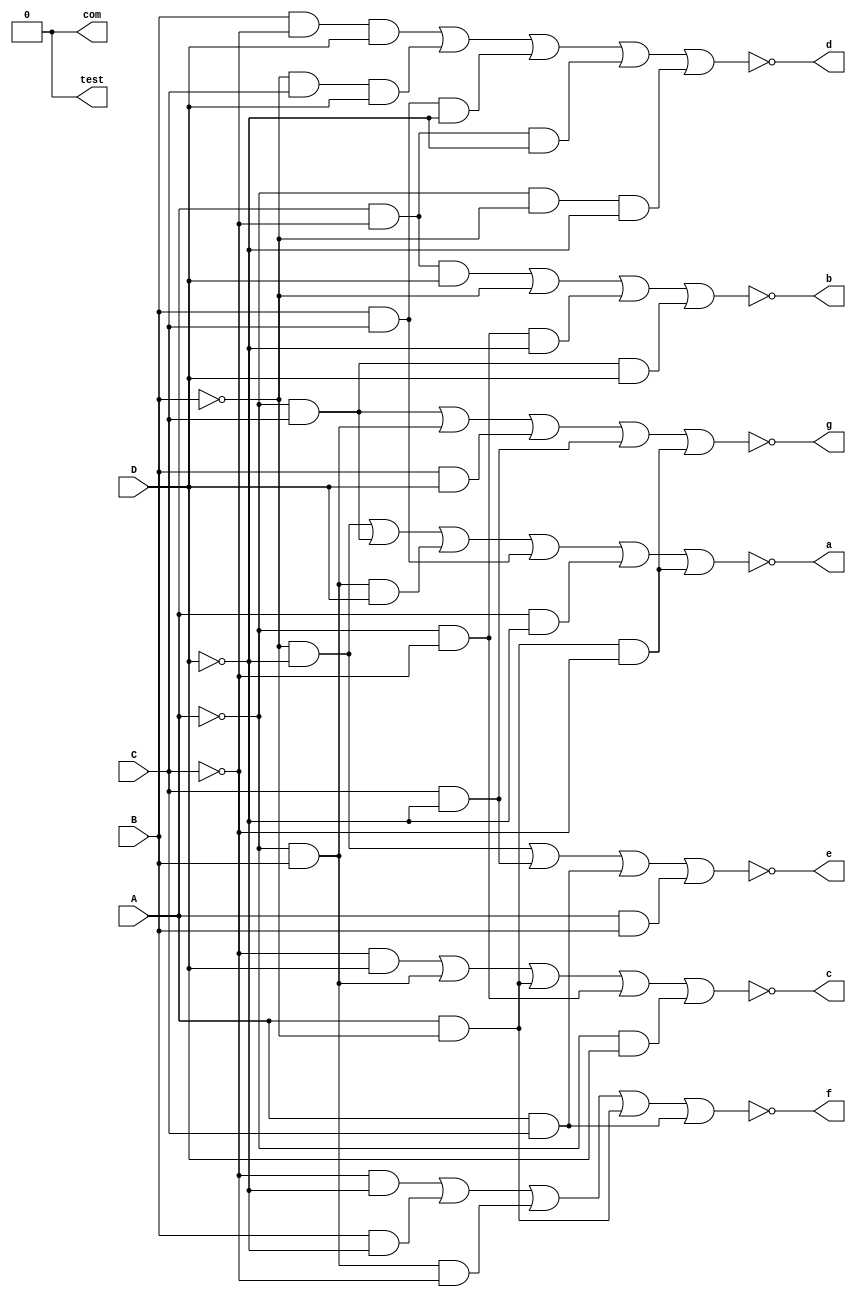
module S2A0(A,B,C,D,a,b,c,d,e,f,g,com,test);
input A; //43
input B; //48
input C; //40
input D; //45
output a; //93
output b; //92
output c; //87
output d; //86
output e; //55
output f; //58
output g; //79
output com; //94
output test;

assign a = !( (~B & ~D) | (~A & C) | (~A & B & D) | (B & C) | (A & ~D) | (A & ~B & ~C));
assign b = !( (A & ~C & D) | (~B) | (~A & ~C & ~D) | (~A & C & D));
assign c = !( (~C & D) | (~A & B) | (A & ~B) | (~A & ~C) | (~A & D));
assign d = !( (B & ~C & D) | (~B & C & D) | (B & C & ~D) | (A & ~C & ~D) | (~A & ~B & ~D));
assign e = !( (~B & ~D) | (C & ~D) | (A & C) | (A & B));
assign f = !( (~C & ~D) | (B & ~D) | (~A & B & ~C) | (A & ~B) | (A & C));
assign g = !( (~A & C) | (~A & B) | (B & D) | (C & ~D) | (A & ~B & ~C));
assign com = 0;
assign test = 0;
endmodule